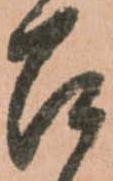
召